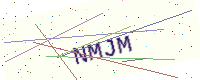
Text: NMJM